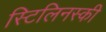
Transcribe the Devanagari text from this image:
स्टिलिनस्की